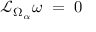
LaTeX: { \mathcal { L } } _ { \Omega _ { \alpha } } \omega \; = \; 0